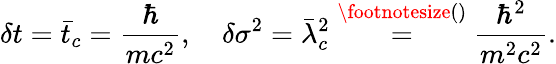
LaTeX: \delta t=\bar{t}_{c}=\frac{\hbar}{mc^{2}},\quad\delta\sigma^{2}=\bar{\lambda}_{c}^{2}\overset{\footnotesize()}{=}\frac{\hbar^{2}}{m^{2}c^{2}}.